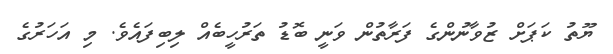
ޔޫތު ކަޕަށް ޒުވާނުންގެ ފަރާތުން ވަނީ ބޮޑު ތަރުހީބެއް ލިބިފައެވެ. މި އަހަރުގެ